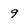
Character: 9